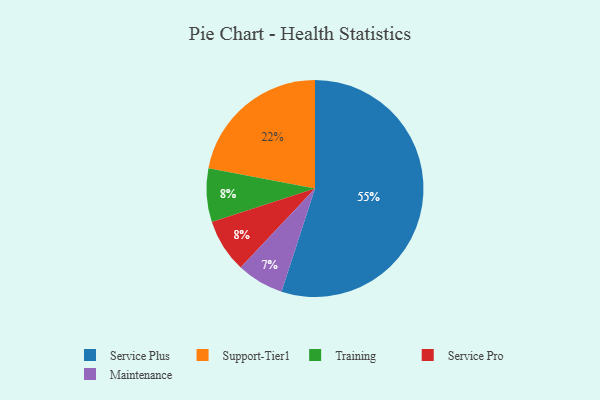
{"axis": {"x": "Category", "y": "Percentage"}, "legend": ["Maintenance", "Service Plus", "Service Pro", "Support-Tier1", "Training"], "data": [{"x": "Training", "y": 8, "type": "Training"}, {"x": "Maintenance", "y": 7, "type": "Maintenance"}, {"x": "Service Plus", "y": 55, "type": "Service Plus"}, {"x": "Support-Tier1", "y": 22, "type": "Support-Tier1"}, {"x": "Service Pro", "y": 8, "type": "Service Pro"}]}